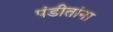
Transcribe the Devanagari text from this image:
पंडीतांना